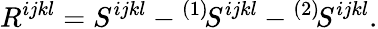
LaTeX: R^{ijkl}=S^{ijkl}-{}^{(1)}\! S^{ijkl}-{}^{(2)}\! S^{ijkl}.